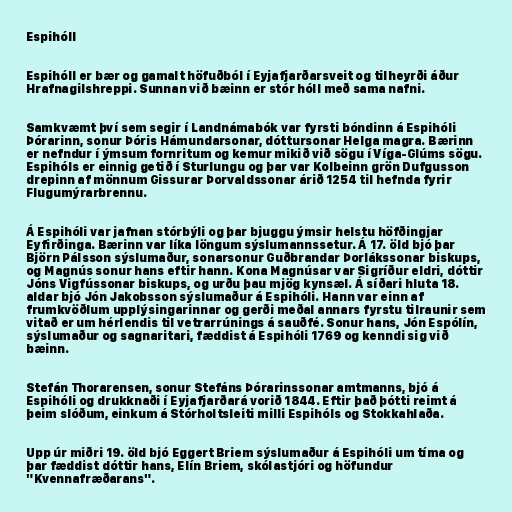
Espihóll

Espihóll er bær og gamalt höfuðból í Eyjafjarðarsveit og tilheyrði áður
Hrafnagilshreppi. Sunnan við bæinn er stór hóll með sama nafni.

Samkvæmt því sem segir í Landnámabók var fyrsti bóndinn á Espihóli
Þórarinn, sonur Þóris Hámundarsonar, dóttursonar Helga magra. Bærinn
er nefndur í ýmsum fornritum og kemur mikið við sögu í Víga-Glúms sögu.
Espihóls er einnig getið í Sturlungu og þar var Kolbeinn grön Dufgusson
drepinn af mönnum Gissurar Þorvaldssonar árið 1254 til hefnda fyrir
Flugumýrarbrennu.

Á Espihóli var jafnan stórbýli og þar bjuggu ýmsir helstu höfðingjar
Eyfirðinga. Bærinn var líka löngum sýslumannssetur. Á 17. öld bjó þar
Björn Pálsson sýslumaður, sonarsonur Guðbrandar Þorlákssonar biskups,
og Magnús sonur hans eftir hann. Kona Magnúsar var Sigríður eldri, dóttir
Jóns Vigfússonar biskups, og urðu þau mjög kynsæl. Á síðari hluta 18.
aldar bjó Jón Jakobsson sýslumaður á Espihóli. Hann var einn af
frumkvöðlum upplýsingarinnar og gerði meðal annars fyrstu tilraunir sem
vitað er um hérlendis til vetrarrúnings á sauðfé. Sonur hans, Jón Espólín,
sýslumaður og sagnaritari, fæddist á Espihóli 1769 og kenndi sig við
bæinn.

Stefán Thorarensen, sonur Stefáns Þórarinssonar amtmanns, bjó á
Espihóli og drukknaði í Eyjafjarðará vorið 1844. Eftir það þótti reimt á
þeim slóðum, einkum á Stórholtsleiti milli Espihóls og Stokkahlaða.

Upp úr miðri 19. öld bjó Eggert Briem sýslumaður á Espihóli um tíma og
þar fæddist dóttir hans, Elín Briem, skólastjóri og höfundur
"Kvennafræðarans".